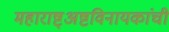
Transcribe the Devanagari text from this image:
महाराष्ट्अष्टविनायकांची